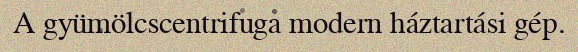
A gyümölcscentrifuga modern háztartási gép.